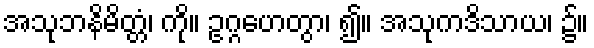
အသုဘနိမိတ္တံ၊ ကို။ ဥဂ္ဂဟေတွာ၊ ၍။ အသုကဒိသာယ၊ ၌။